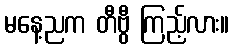
မနေ့ညက တီဗွီ ကြည့်လား။